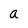
Character: a